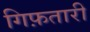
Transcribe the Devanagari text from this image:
गिफ़तारी